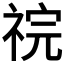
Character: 𫀏